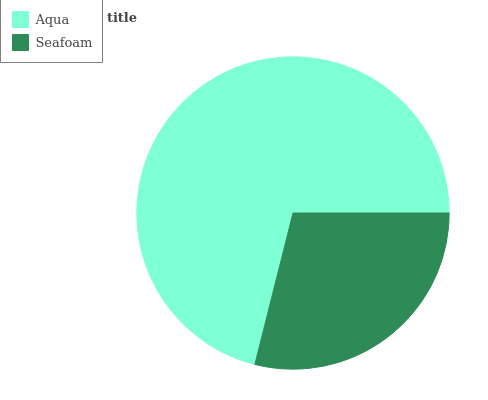
| Aqua | Seafoam |
 | --- | --- |
 | 71.1% | 28.9% |